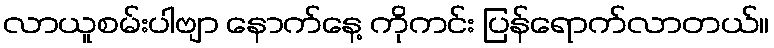
လာယူစမ်းပါဗျာ နောက်နေ့ ကိုကင်း ပြန်ရောက်လာတယ်။